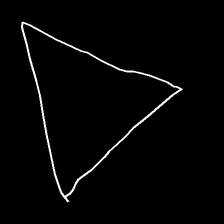
Glyph: convergence